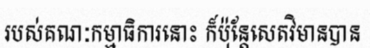
របស់គណៈកម្មាធិការនោះ ក៏ប៉ុន្តែសេតវិមានបាន